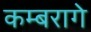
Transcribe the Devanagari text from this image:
कम्बरागे